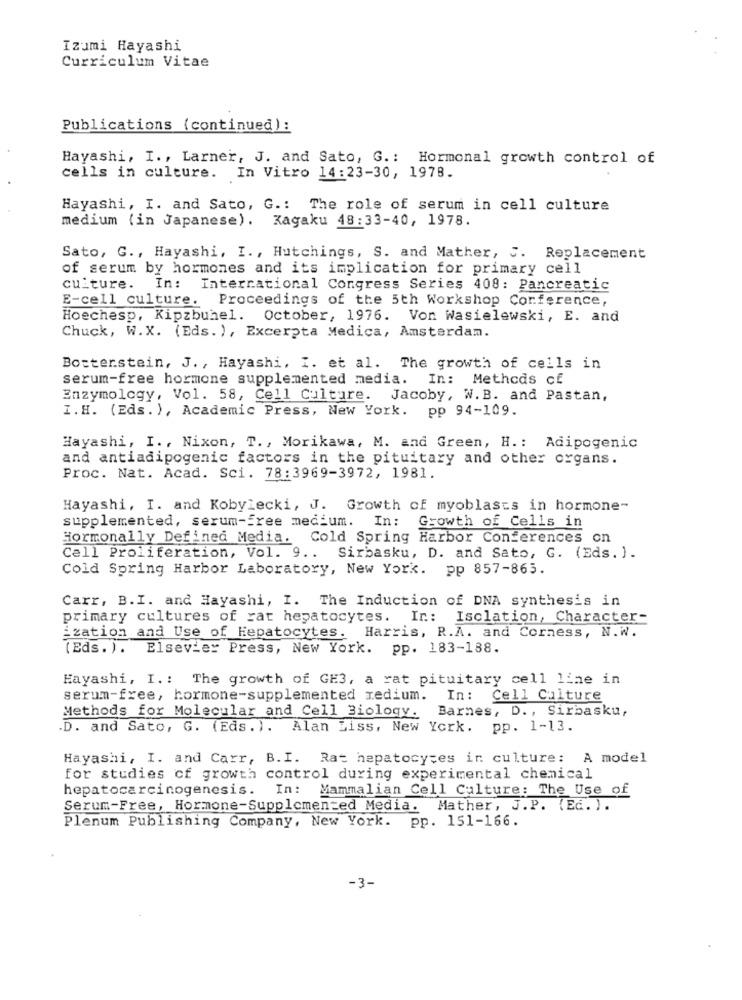
Izumi Hayashi
Curriculum Vitae
Publications (continued) :
Hayashi, I ., Larner, J. and Sato, G .: Hormonal growth control of
cells in culture. In Vitro 14:23-30, 1978.
Hayashi, I. and Sato, G .: The role of serum in cell culture
medium (in Japanese). Kagaku 48:33-40, 1978.
Sato, G ., Hayashi, I ., Hutchings, S. and Mather, 5. Replacement
of serum by hormones and its implication for primary cell
culture. In: International Congress Series 408: Pancreatic
E-cell culture. Proceedings of the 5th Workshop Conference,
Hoechesp, Kipzbuhel. October, 1976. Von Wasielewski, E. and
Chuck, W.X. (Eds. ), Excerpta Medica, Amsterdam.
Botterstein, J. , Hayashi, I. et al. The growth of cells in
serum-free hormone supplemented media. In: Methods cf
Enzymology, Vol. 58, Cell Culture. Jacoby, W. B. and Pastan,
I.H. (Eds. ), Academic Press, New York. pp 94-109.
Hayashi, I ., Nixon, T. , Morikawa, M. and Green, H .: Adipogenic
and antiadipogenic factors in the pituitary and other organs.
Proc. Nat. Acad. Sci. 78:3969-3972, 1981.
Hayashi, I. and Kobylecki, J. Growth of myoblasts in hormone-
supplemented, serum-free medium. In: Growth of Cells in
Hormonally Defined Media. Cold Spring Harbor Conferences on
Cell Proliferation, Vol. 9 .. Sirbasku, D. and Sato, G. (Eds. ).
Cold Spring Harbor Laboratory, New York. pp 857-863.
Carr, B.I. and Hayashi, I. The Induction of DNA synthesis in
primary cultures of rat hepatocytes. In: Isclation, Character-
ization and Use of Hepatocytes. Harris, R.A. and Corness, N.W.
(Eds. ). Elsevier Press, New York. pp. 183-188.
Hayashi, I .: The growth of GE3, a rat pituitary cell line in
serum-free, hormone-supplemented medium.
In :
Cell Culture
Methods for Molecular and Cell Biology. Barnes, D. , Sirbasku,
.D. and Sato, G. (Eds. ). Alan Ziss, New York. pp. 1-13.
Hayashi, I. and Carr, B.I. Rat hepatocytes ir culture: A model
for studies of growth control during experimental chemical
hepatocarcinogenesis. In: Mammalian Cell Culture: The Use of
Serum-Free, Hormone-Supplemented Media. Mather, J.P. (Ed. ).
Plenum Publishing Company, New York. pp. 151-166.
-3-